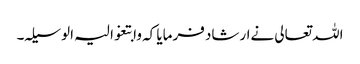
اللہ تعالی نےارشاد فرمایا کہ وابتغوا لیہ الوسیلہ۔